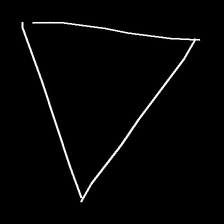
Glyph: convergence